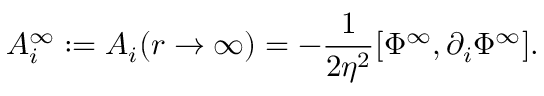
A _ { i } ^ { \infty } : = A _ { i } ( r \rightarrow \infty ) = - \frac { 1 } { 2 \eta ^ { 2 } } [ \Phi ^ { \infty } , \partial _ { i } \Phi ^ { \infty } ] .